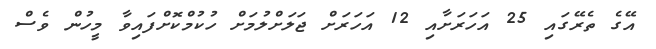
އޭގެ ތެރޭގައި 25 އަހަރަށާއި 12 އަހަރަށް ޖަލަށްލުމަށް ހުކުމްކޮށްފައިވާ މީހުން ވެސް